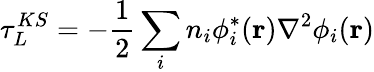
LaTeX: \tau_{L}^{KS}=-\frac{1}{2}\sum_{i}n_{i}\phi_{i}^{*}(\mathbf{r})\nabla^{2}\phi_{i}(\mathbf{r})